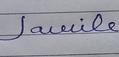
Signature authenticity: forged